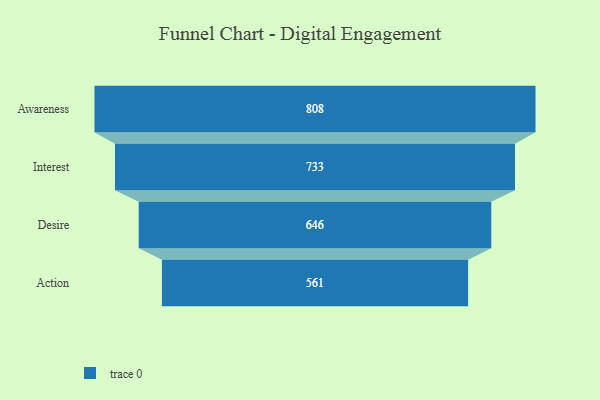
{"axis": {"x": "Stage", "y": "Value"}, "legend": [""], "data": [{"x": "Awareness", "y": 808.0, "type": ""}, {"x": "Interest", "y": 733.0, "type": ""}, {"x": "Desire", "y": 646.0, "type": ""}, {"x": "Action", "y": 561.0, "type": ""}]}